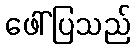
ဖေါ်ပြသည်